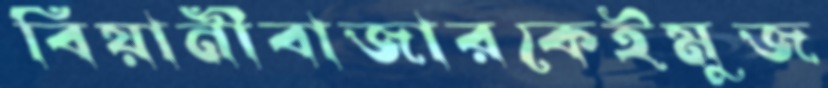
বিয়ানীবাজারকেইমুজ